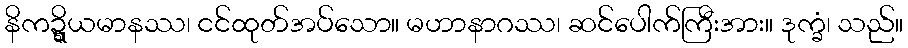
နိကဍ္ဍ္ဎိယမာနဿ၊ ငင်ထုတ်အပ်သော။ မဟာနာဂဿ၊ ဆင်ပေါက်ကြီးအား။ ဒုက္ခံ၊ သည်။